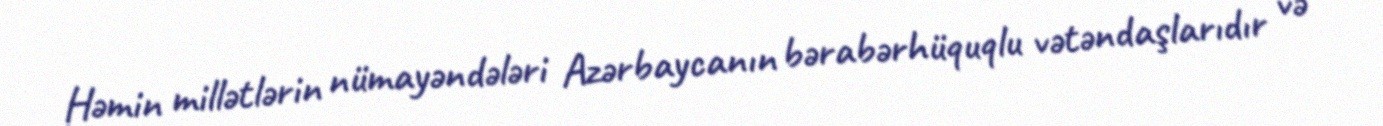
Həmin millətlərin nümayəndələri Azərbaycanın bərabərhüquqlu vətəndaşlarıdır və